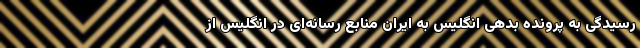
رسیدگی به پرونده بدهی انگلیس به ایران منابع رسانه‌ای در انگلیس از